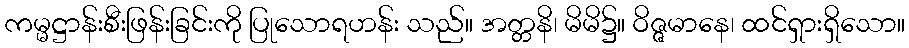
ကမ္မဋ္ဌာန်းစီးဖြန်းခြင်းကို ပြုသောရဟန်း သည်။ အတ္တနိ၊ မိမိ၌။ ဝိဇ္ဇမာနေ၊ ထင်ရှားရှိသော။